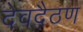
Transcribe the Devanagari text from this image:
देवदैठण